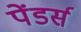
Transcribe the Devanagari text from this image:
पेंडर्स